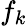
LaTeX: f_{k}